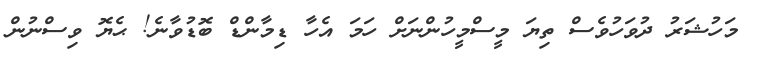
މަހުޝަރު ދުވަހުވެސް ތިޔަ މީސްމީހުންނަށް ހަމަ އެހާ ޑިމާންޑް ބޮޑުވާނެ! ޙެޔޮ ވިސްނުން